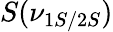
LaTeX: S(\nu_{1S/2S})